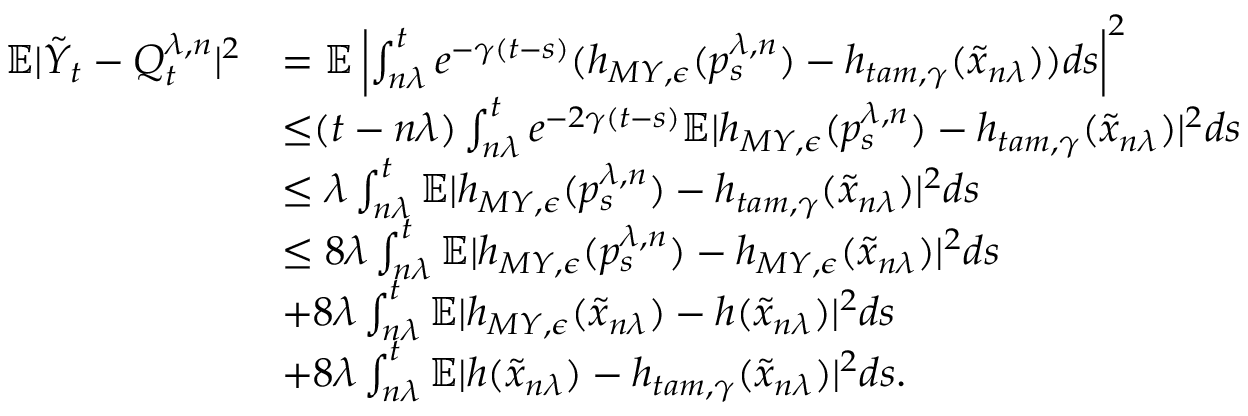
\begin{array} { r l } { \mathbb { E } | \tilde { Y } _ { t } - Q _ { t } ^ { \lambda , n } | ^ { 2 } } & { = \mathbb { E } \left| \int _ { n \lambda } ^ { t } e ^ { - \gamma ( t - s ) } ( h _ { M Y , \epsilon } ( p _ { s } ^ { \lambda , n } ) - h _ { t a m , \gamma } ( \tilde { x } _ { n \lambda } ) ) d s \right| ^ { 2 } } \\ & { { \leq } ( t - n \lambda ) \int _ { n \lambda } ^ { t } e ^ { - 2 \gamma ( t - s ) } \mathbb { E } | h _ { M Y , \epsilon } ( p _ { s } ^ { \lambda , n } ) - h _ { t a m , \gamma } ( \tilde { x } _ { n \lambda } ) | ^ { 2 } d s } \\ & { \leq \lambda \int _ { n \lambda } ^ { t } \mathbb { E } | h _ { M Y , \epsilon } ( p _ { s } ^ { \lambda , n } ) - h _ { t a m , \gamma } ( \tilde { x } _ { n \lambda } ) | ^ { 2 } d s } \\ & { \leq 8 \lambda \int _ { n \lambda } ^ { t } \mathbb { E } | h _ { M Y , \epsilon } ( p _ { s } ^ { \lambda , n } ) - h _ { M Y , \epsilon } ( \tilde { x } _ { n \lambda } ) | ^ { 2 } d s } \\ & { + 8 \lambda \int _ { n \lambda } ^ { t } \mathbb { E } | h _ { M Y , \epsilon } ( \tilde { x } _ { n \lambda } ) - h ( \tilde { x } _ { n \lambda } ) | ^ { 2 } d s } \\ & { + 8 \lambda \int _ { n \lambda } ^ { t } \mathbb { E } | h ( \tilde { x } _ { n \lambda } ) - h _ { t a m , \gamma } ( \tilde { x } _ { n \lambda } ) | ^ { 2 } d s . } \end{array}